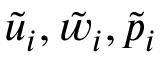
\tilde { u } _ { i } , \tilde { w } _ { i } , \tilde { p } _ { i }